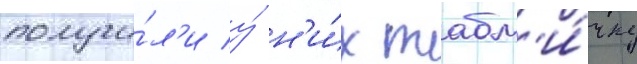
получи́л'и у́ н'и́х табл'и́чку